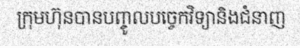
ក្រុមហ៊ុនបានបញ្ចូលបច្ចេកវិទ្យានិងជំនាញ